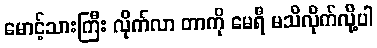
မောင့်သားကြီး လိုက်လာ တာကို မေရီ မသိလိုက်လို့ပါ